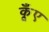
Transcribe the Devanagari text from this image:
कूँए